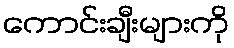
ကောင်းချီးများကို